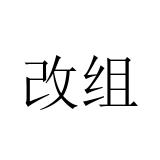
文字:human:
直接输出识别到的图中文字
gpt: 改组